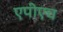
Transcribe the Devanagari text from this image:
एपीएच